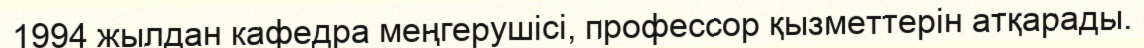
1994 жылдан кафедра меңгерушісі, профессор қызметтерін атқарады.